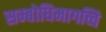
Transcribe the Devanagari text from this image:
सम्बोधिमागच्चि